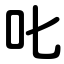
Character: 叱